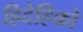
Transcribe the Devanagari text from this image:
हिदेहिको